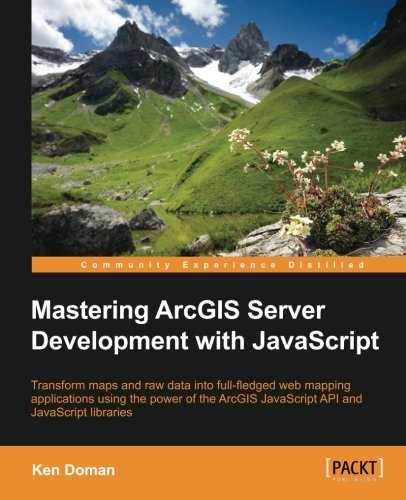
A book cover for Mastering ArcGIS Server Development with JavaScript; Ken Doman; Computers & Technology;